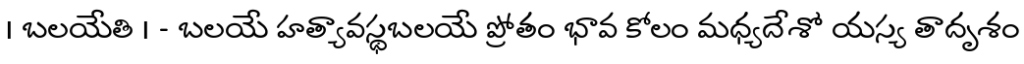
। బలయేతి । - బలయే హత్యావస్థబలయే ప్రోతం భావ కోలం మధ్యదేశో యస్య తాదృశం